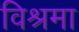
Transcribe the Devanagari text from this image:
विश्रमा